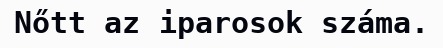
Nőtt az iparosok száma.